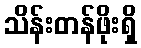
သိန်းတန်ဖိုးရှိ